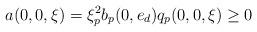
LaTeX: \begin{align*}a(0, 0, \xi)=\xi_p^2b_p(0,e_d)q_p(0, 0, \xi)\geq 0\end{align*}